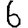
Digit: 6